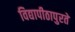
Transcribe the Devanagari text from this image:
विद्यापीठापुरते